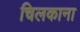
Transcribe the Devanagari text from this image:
चिलकाना